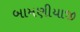
બામણીયાજી